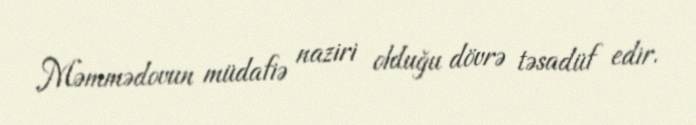
Məmmədovun müdafiə naziri olduğu dövrə təsadüf edir.